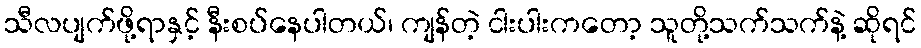
သီလပျက်ဖို့ရာနှင့် နီးစပ်နေပါတယ်၊ ကျန်တဲ့ ငါးပါးကတော့ သူတို့သက်သက်နဲ့ ဆိုရင်